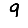
Digit: 9